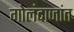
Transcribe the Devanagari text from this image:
गोलंदाजांत